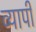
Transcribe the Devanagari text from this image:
व्‍यापी